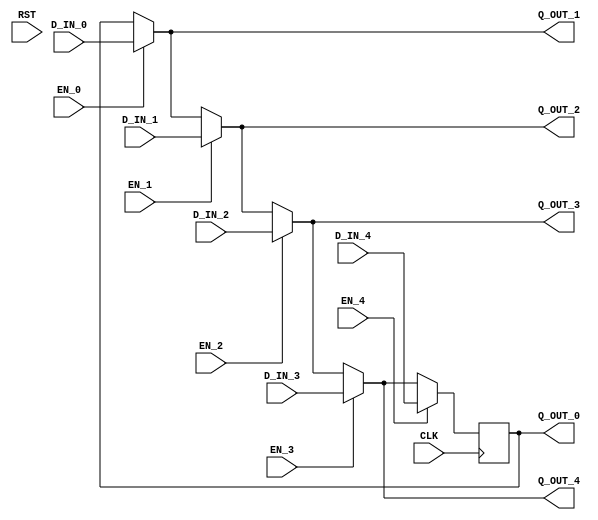

// Copyright (c) 2014 Bluespec, Inc.

// Permission is hereby granted, free of charge, to any person obtaining a copy
// of this software and associated documentation files (the "Software"), to deal
// in the Software without restriction, including without limitation the rights
// to use, copy, modify, merge, publish, distribute, sublicense, and/or sell
// copies of the Software, and to permit persons to whom the Software is
// furnished to do so, subject to the following conditions:

// The above copyright notice and this permission notice shall be included in
// all copies or substantial portions of the Software.

// THE SOFTWARE IS PROVIDED "AS IS", WITHOUT WARRANTY OF ANY KIND, EXPRESS OR
// IMPLIED, INCLUDING BUT NOT LIMITED TO THE WARRANTIES OF MERCHANTABILITY,
// FITNESS FOR A PARTICULAR PURPOSE AND NONINFRINGEMENT. IN NO EVENT SHALL THE
// AUTHORS OR COPYRIGHT HOLDERS BE LIABLE FOR ANY CLAIM, DAMAGES OR OTHER
// LIABILITY, WHETHER IN AN ACTION OF CONTRACT, TORT OR OTHERWISE, ARISING FROM,
// OUT OF OR IN CONNECTION WITH THE SOFTWARE OR THE USE OR OTHER DEALINGS IN
// THE SOFTWARE.
//
// $Revision: 29441 $
// $Date: 2012-08-27 17:58:03 -0400 (Mon, 27 Aug 2012) $

`ifdef BSV_ASSIGNMENT_DELAY
`else
  `define BSV_ASSIGNMENT_DELAY
`endif


module CRegUN5
         (CLK,
          RST,

	  // port 0 read
          Q_OUT_0,
	  // port 0 write
          EN_0, D_IN_0,

          // port 1 read
          Q_OUT_1,
	  // port 1 write
          EN_1, D_IN_1,

          // port 2 read
          Q_OUT_2,
	  // port 2 write
          EN_2, D_IN_2,

          // port 3 read
          Q_OUT_3,
	  // port 3 write
          EN_3, D_IN_3,

          // port 4 read
          Q_OUT_4,
	  // port 4 write
          EN_4, D_IN_4
         );

   parameter width = 1 ;
   parameter init  = { width {1'b0} } ;

   input  CLK ;
   input  RST ;

   output [width - 1 : 0]  Q_OUT_0 ;
   input                   EN_0 ;
   input  [width - 1 : 0]  D_IN_0 ;

   output [width - 1 : 0]  Q_OUT_1 ;
   input                   EN_1 ;
   input  [width - 1 : 0]  D_IN_1 ;

   output [width - 1 : 0]  Q_OUT_2 ;
   input                   EN_2 ;
   input  [width - 1 : 0]  D_IN_2 ;

   output [width - 1 : 0]  Q_OUT_3 ;
   input                   EN_3 ;
   input  [width - 1 : 0]  D_IN_3 ;

   output [width - 1 : 0]  Q_OUT_4 ;
   input                   EN_4 ;
   input  [width - 1 : 0]  D_IN_4 ;

   reg    [width - 1 : 0]  Q_OUT_0 ;
   wire   [width - 1 : 0]  Q_OUT_1 ;
   wire   [width - 1 : 0]  Q_OUT_2 ;
   wire   [width - 1 : 0]  Q_OUT_3 ;
   wire   [width - 1 : 0]  Q_OUT_4 ;
   wire   [width - 1 : 0]  Q_OUT_5 ;
   
   assign Q_OUT_1 = EN_0 ? D_IN_0 : Q_OUT_0 ;
   assign Q_OUT_2 = EN_1 ? D_IN_1 : Q_OUT_1 ;
   assign Q_OUT_3 = EN_2 ? D_IN_2 : Q_OUT_2 ;
   assign Q_OUT_4 = EN_3 ? D_IN_3 : Q_OUT_3 ;
   assign Q_OUT_5 = EN_4 ? D_IN_4 : Q_OUT_4 ;
   
   always@(posedge CLK)
     begin
        Q_OUT_0 <= `BSV_ASSIGNMENT_DELAY Q_OUT_5 ;
     end

`ifdef BSV_NO_INITIAL_BLOCKS
`else // not BSV_NO_INITIAL_BLOCKS
   // synopsys translate_off
   initial begin
      Q_OUT_0 = {((width + 1)/2){2'b10}} ;
   end
   // synopsys translate_on
`endif // BSV_NO_INITIAL_BLOCKS

endmodule